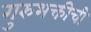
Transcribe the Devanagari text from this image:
गुरुभक्तीची